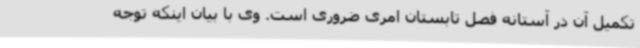
تکمیل آن در آستانه فصل تابستان امری ضروری است. وی با بیان اینکه توجه